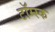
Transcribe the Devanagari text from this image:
टॉम्स्क